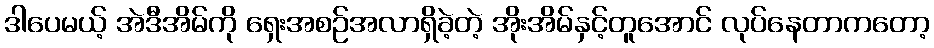
ဒါပေမယ့် အဲဒီအိမ်ကို ရှေးအစဉ်အလာရှိခဲ့တဲ့ အိုးအိမ်နှင့်တူအောင် လုပ်နေတာကတော့